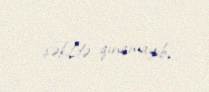
şəkildə qınamayıb.